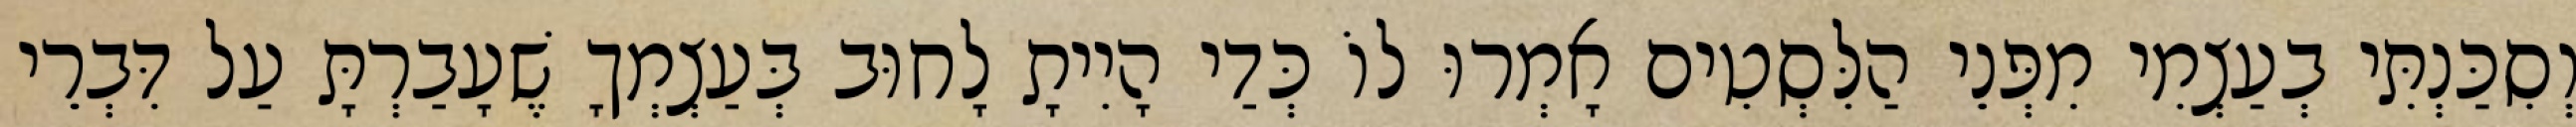
וְסִכַּנְתִּי בְעַצְמִי מִפְּנֵי הַלִּסְטִים אָמְרוּ לוֹ כְּדַי הָיִיתָ לָחוּב בְּעַצְמְךָ שֶׁעָבַרְתָּ עַל דִּבְרֵי